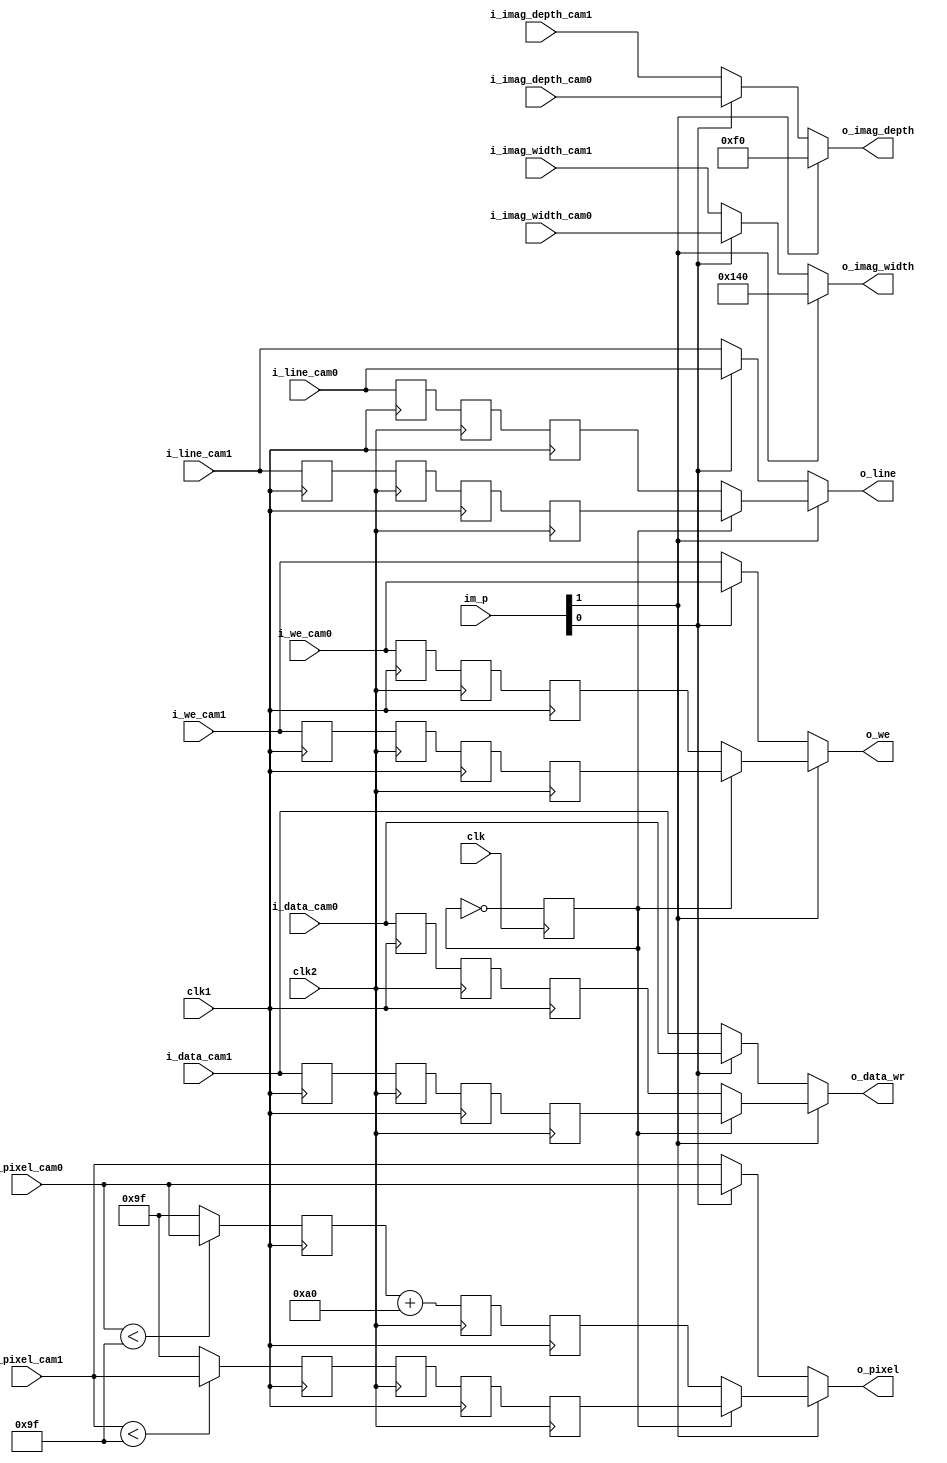
module two_cam_one_screen#(
    parameter   CAM_DATA_WIDTH  = 12,
                CAM_LINE        = 9,
                CAM_PIXEL       = 10
) (
    input           clk1,
    input           clk2,
    input           clk,
    input [1:0]     im_p,         // image processor controls
    // input form camera
    //cam1
    input                           i_we_cam0,
    input [CAM_DATA_WIDTH-1:0]      i_data_cam0,
    input [CAM_LINE-1:0]            i_line_cam0,
    input [CAM_PIXEL-1:0]           i_pixel_cam0,
    input [CAM_LINE-1:0]            i_imag_depth_cam0,
    input [CAM_PIXEL-1:0]           i_imag_width_cam0,
    //input                           i_imag_resized_cam0,
    //cam2
    input                           i_we_cam1,
    input [CAM_DATA_WIDTH-1:0]      i_data_cam1,
    input [CAM_LINE-1:0]            i_line_cam1,
    input [CAM_PIXEL-1:0]           i_pixel_cam1,
    input [CAM_LINE-1:0]            i_imag_depth_cam1,
    input [CAM_PIXEL-1:0]           i_imag_width_cam1,
    //input                           i_imag_resized_cam1,
    // output
    output [CAM_LINE-1:0]           o_line,
    output [CAM_PIXEL-1:0]          o_pixel,
    output                          o_we,
    output [CAM_DATA_WIDTH-1:0]     o_data_wr,
    output [CAM_LINE-1:0]           o_imag_depth,
    output [CAM_PIXEL-1:0]          o_imag_width
);
//------------Internal variables and constants-----------
//  reg [CAM_LINE-1:0]            r_offset_y;
//  reg [CAM_PIXEL-1:0]           r_offset_x;

//  reg [CAM_LINE:0]              r_imag_depth_summ;
//  reg [CAM_PIXEL:0]             r_imag_width_summ;

//  reg [CAM_PIXEL-1:0]            
//     r_imag_width1 = 0,
//     r_imag_width2 = 0,
//     r_imag_width3 = 0;

//  reg [CAM_LINE-1:0]            
//     r_imag_depth1 = 0,
//     r_imag_depth2 = 0,
//     r_imag_depth3 = 0;

// reg [CAM_LINE-1:0]
//     r_imag_depth1_cam0,
//     r_imag_depth2_cam0,
//     r_imag_depth1_cam1,
//     r_imag_depth2_cam1  ;

// reg [CAM_PIXEL-1:0]           
//     r_imag_width1_cam0,
//     r_imag_width2_cam0,
//     r_imag_width1_cam1,
//     r_imag_width2_cam1 ;


 reg [CAM_PIXEL-1:0]            
    r_pixel1_cam1 = 0,
    r_pixel2_cam1 = 0,
    r_pixel3_cam1 = 0,
    r_pixel4_cam1 = 0;

 reg [CAM_PIXEL-1:0]            
    r_pixel1_cam0 = 0,
    r_pixel2_cam0 = 0,
    r_pixel3_cam0 = 0,
    r_pixel4_cam0 = 0;

 reg [CAM_LINE-1:0]            
    r_line1_cam1 = 0,
    r_line2_cam1 = 0,
    r_line3_cam1 = 0,
    r_line4_cam1 = 0;

 reg [CAM_LINE-1:0]            
    r_line1_cam0 = 0,
    r_line2_cam0 = 0,
    r_line3_cam0 = 0,
    r_line4_cam0 = 0;

 reg [CAM_DATA_WIDTH-1:0]      
    r_data1_cam0 = 0,
    r_data2_cam0 = 0,
    r_data3_cam0 = 0,
    r_data4_cam0 = 0;

 reg [CAM_DATA_WIDTH-1:0]      
    r_data1_cam1 = 0,
    r_data2_cam1 = 0,
    r_data3_cam1 = 0,
    r_data4_cam1 = 0;

 reg 
    r_we1_cam0 = 0,
    r_we2_cam0 = 0,
    r_we3_cam0 = 0,
    r_we4_cam0 = 0;

 reg 
    r_we1_cam1 = 0,
    r_we2_cam1 = 0,
    r_we3_cam1 = 0,
    r_we4_cam1 = 0;

 reg [0:0]
    cam_select = 0;

 reg 
    r_we_out = 0;
 reg [CAM_DATA_WIDTH-1:0]      
    r_data_out = 0;
 reg [CAM_LINE-1:0]            
    r_line_out = 0;
 reg [CAM_PIXEL-1:0]            
    r_pixel_out = 0;


//------------Syncronus logic---------------------------


always@(negedge clk1)begin
    // -------------------1st cycle
    //if(clk50==1)begin
        if (i_pixel_cam0 < 'd159 ) begin
            r_pixel1_cam0 <= i_pixel_cam0;
        end else begin
            r_pixel1_cam0 <= 'd159;
        end

        if (i_pixel_cam1 < 'd159 ) begin
            r_pixel1_cam1 <= i_pixel_cam1;
        end else begin
            r_pixel1_cam1 <= 'd159;
        end

        r_data1_cam0 <= i_data_cam0;
        r_we1_cam0 <= i_we_cam0;
        r_line1_cam0 <= i_line_cam0;

        r_data1_cam1 <= i_data_cam1;
        r_we1_cam1 <= i_we_cam1;
        r_line1_cam1 <= i_line_cam1;

    //end
end

always@(negedge clk2)begin
    //if(clk50==0)begin
        // -------------------2nd cycle
        r_data2_cam0 <= r_data1_cam0;
        r_data2_cam1 <= r_data1_cam1;
        r_we2_cam0 <= r_we1_cam0;
        r_we2_cam1 <= r_we1_cam1;

        r_pixel2_cam1 <= r_pixel1_cam1;   
        r_pixel2_cam0 <= r_pixel1_cam0 + 'd160;
    
        r_line2_cam0 <= r_line1_cam0;
        r_line2_cam1 <= r_line1_cam1;
    //end
end


always@(negedge clk1)begin
    //if(clk50==1)begin
        //------------------3rd cycle
    /*    
        r_data_out <= r_data2_cam0;
        r_we_out <= r_we2_cam0;
        r_pixel_out <= r_pixel2_cam0;
        r_line_out <= r_line2_cam0;
    */
    
        r_data3_cam0 <= r_data2_cam0;
        r_we3_cam0 <= r_we2_cam0;
        r_pixel3_cam0 <= r_pixel2_cam0;
        r_line3_cam0 <= r_line2_cam0;
    
        r_data3_cam1 <= r_data2_cam1;
        r_we3_cam1 <= r_we2_cam1;
        r_pixel3_cam1 <= r_pixel2_cam1;
        r_line3_cam1 <= r_line2_cam1;

        
    //end
end

always@(negedge clk2)begin
    //if(clk50==0)begin
        //------------------4th cycle
    /*
        r_data_out <= r_data3_cam1;
        r_we_out <= r_we3_cam1;
        r_pixel_out <= r_pixel3_cam1;
        r_line_out <= r_line3_cam1;
    
  
        r_data4_cam0 <= r_data3_cam0;
        r_line4_cam0 <= r_line3_cam0;
        r_we4_cam0 <= r_we3_cam0;
        r_pixel4_cam0 <= r_pixel3_cam0;
    */
        r_we4_cam1 <= r_we3_cam1;
        r_pixel4_cam1 <= r_pixel3_cam1;
        r_data4_cam1 <= r_data3_cam1;
        r_line4_cam1 <= r_line3_cam1; 

        
    //end
end

always@(negedge clk )begin
    cam_select <= ~cam_select;
end

// assign o_line = r_line_out[CAM_LINE-1:0]; //~counter[0] ? r_line4_cam1 : r_line3_cam0;
// assign o_pixel = r_pixel_out[CAM_PIXEL-1:0]; //~counter[0] ? r_pixel4_cam1 : r_pixel3_cam0;
// assign o_we = r_we_out; // 1'b1; //~counter[0] ? r_we4_cam1 : r_we3_cam0;
// assign o_data_wr = r_data_out;// ~counter[0] ? r_data4_cam1 : r_data3_cam0;

// assign o_imag_depth = 240;//~counter[0] ? r_imag_depth3 : r_imag_depth2;
// assign o_imag_width = 320;//~counter[0] ? r_imag_width3 : r_imag_width2;

assign o_line =     im_p[1]? cam_select ? r_line4_cam1 : r_line3_cam0
                            : im_p[0] ? i_line_cam0 : i_line_cam1 ;

assign o_pixel =    im_p[1]? cam_select ? r_pixel4_cam1 : r_pixel3_cam0
                            : im_p[0] ? i_pixel_cam0 : i_pixel_cam1 ;

assign o_we =       im_p[1]? cam_select ? r_we4_cam1 : r_we3_cam0
                            : im_p[0] ? i_we_cam0 : i_we_cam1 ;

assign o_data_wr =  im_p[1]? cam_select ? r_data4_cam1 : r_data3_cam0
                            : im_p[0] ? i_data_cam0 : i_data_cam1 ;

// assign o_line =     r_line3_cam0;
// assign o_pixel =     r_pixel3_cam0;
// assign o_we =        r_we3_cam0;
// assign o_data_wr =   r_data3_cam0;

assign o_imag_depth = im_p[1]? 240  
                            : im_p[0] ? i_imag_depth_cam0 : i_imag_depth_cam1 ;
assign o_imag_width = im_p[1]? 320  
                            : im_p[0] ? i_imag_width_cam0 : i_imag_width_cam1 ;

endmodule